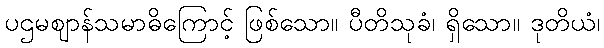
ပဌမဈာန်သမာဓိကြောင့် ဖြစ်သော။ ပီတိသုခံ၊ ရှိသော။ ဒုတိယံ၊